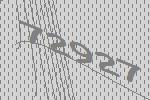
72927